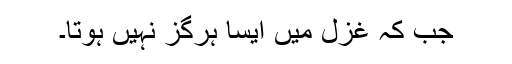
جب کہ غزل میں ایسا ہرگز نہیں ہوتا۔